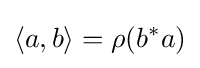
\langle a,b\rangle =\rho (b^{\ast }a)